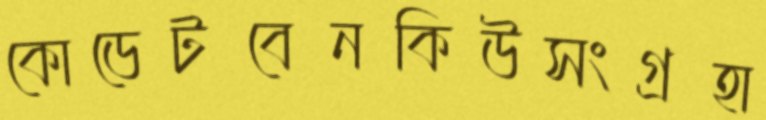
কোডেটবেনকিউসংগ্রহা